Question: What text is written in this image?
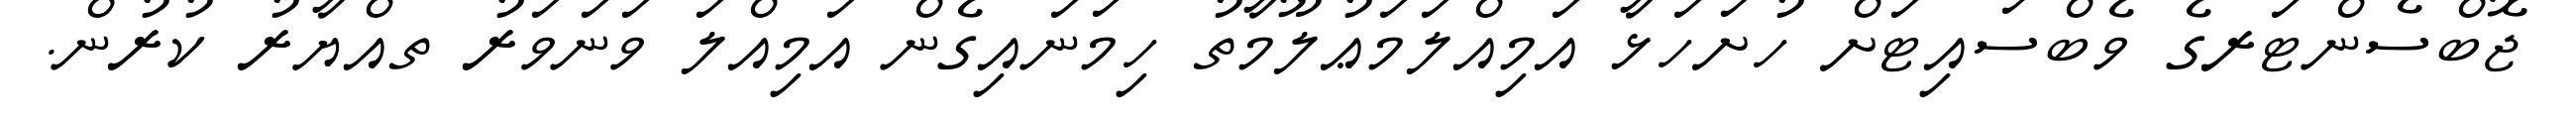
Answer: ޖޮބްސެންޓަރގެ ވެބްސައިޓަށް ހުށަހަޅާ އަމިއްލަމަޢުލޫމާތު ހިމަނައިގެން އަމިއްލަ ވަނަވަރު ތއްޔާރު ކުރުން.